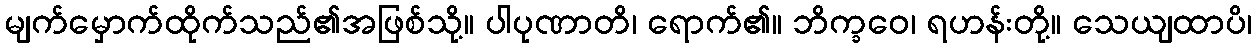
မျက်မှောက်ထိုက်သည်၏အဖြစ်သို့။ ပါပုဏာတိ၊ ရောက်၏။ ဘိက္ခဝေ၊ ရဟန်းတို့။ သေယျထာပိ၊